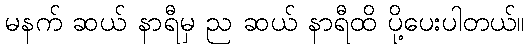
မနက် ဆယ် နာရီမှ ည ဆယ် နာရီထိ ပို့ပေးပါတယ်။